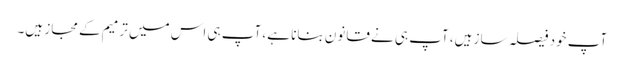
آپ خود فیصلہ ساز ہیں، آپ ہی نے قانون بنانا ہے، آپ ہی اس میں ترمیم کے مجاز ہیں۔